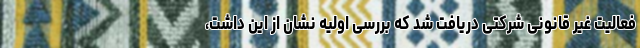
فعالیت غیر قانونی شرکتی دریافت شد که بررسی اولیه نشان از این داشت،